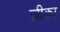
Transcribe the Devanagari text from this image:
ज़ीका